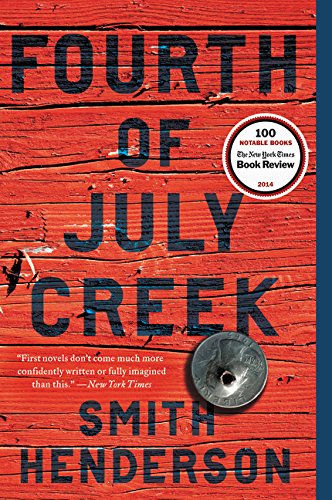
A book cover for Fourth of July Creek: A Novel; Smith Henderson; Literature & Fiction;